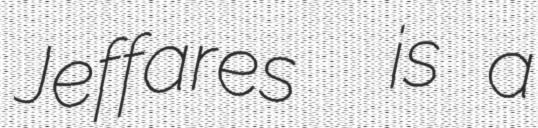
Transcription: Jeffares  is a